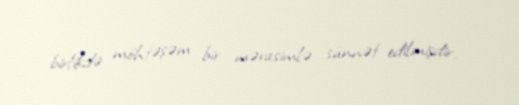
birlikdə möhtəşəm bir mərasimlə sünnət edilmişdir.